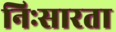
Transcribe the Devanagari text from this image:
निःसारता